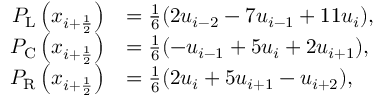
\begin{array} { r l } { P _ { \mathrm { L } } \left( x _ { i + \ensuremath { { \frac { 1 } { 2 } } } } \right) } & { = \frac { 1 } { 6 } ( 2 u _ { i - 2 } - 7 u _ { i - 1 } + 1 1 u _ { i } ) , } \\ { P _ { \mathrm { C } } \left( x _ { i + \ensuremath { { \frac { 1 } { 2 } } } } \right) } & { = \frac { 1 } { 6 } ( - u _ { i - 1 } + 5 u _ { i } + 2 u _ { i + 1 } ) , } \\ { P _ { \mathrm { R } } \left( x _ { i + \ensuremath { { \frac { 1 } { 2 } } } } \right) } & { = \frac { 1 } { 6 } ( 2 u _ { i } + 5 u _ { i + 1 } - u _ { i + 2 } ) , } \end{array}